Calcutta medical institutions reports 1892-1900
Year: 1892
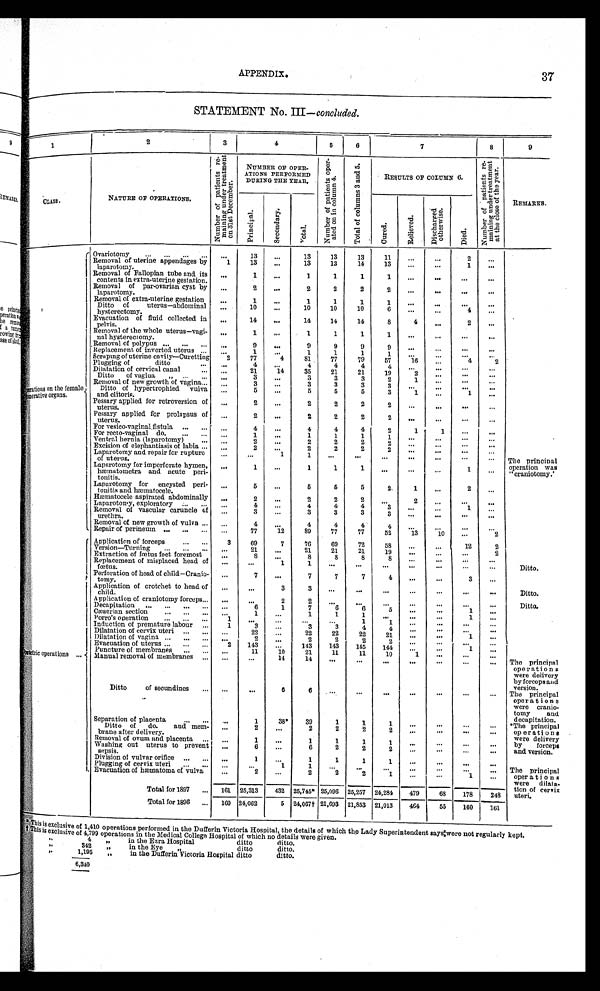
APPENDIX.
37
STATEMENT No. III— concluded.
1
2
3
4
5
6
7
8
9
C L A S S .
NATURE OF OPERATIONS.
N u m b e r o f p a t i e n t s r e - m a i n i n g u n d e r t r e a t m e n t o n 3 1 s t D e c e m b e r .
NUMBER OF OPER-
ATIONS PERFORMED
DURING THE YEAR.
N u m b e r o f p a t i e n t s o p e r - a t e d o n i n c o l u m n 4 .
T o t a l o f c o l u m n s 3 a n d 5 .
RESULTS OF COLUMN 6.
N u m b e r o f p a t i e n t s r e - m a i n i n g u n d e r t r e a t m e n t a t t h e c l o s e o f t h e y e a r .
REMARKS.
P r i n c i p a l .
S e c o n d a r y .
T o t a l .
C u r e d .
R e l i e v e d .
D i s c h a r g e d o t h e r w i s e .
D i e d .
O p e r a t i o n s o n t h e f e m a l e
g e n e r a t i v e o r g a n s .
Ovariotomy . . .
. . .
13
. . .
13
13
13
11
. . .
. . .
2
. . .
Removal of uterine appendages by
laparotomy.
1
13
. . .
13
13
14
13
. . .
. . .
1
. . .
Removal of Fallopian tube and its
contents in extra-uterine gestation.
. . .
1
. . .
1
1
1
1
. . .
. . .
. . .
. . .
Removal of par-ovarian cyst by
laparotomy.
. . .
2
. . .
2
2
2
2
. . .
. . .
. . .
. . .
Removal of extra-uterine gestation
. . .
1
. . .
1
1
1
1
. . .
. . .
. . .
. . .
Ditto of uterus—abdominal
hysterectomy.
. . .
10
. . .
10
10
10
6
. . .
. . .
4
. . .
Evacuation of fluid collected
in pelvis.
. . .
1 4
. . .
14
14
14
8
4
. . .
2
. . .
Removal of the whole uterus—vagi
-nal hysterectomy.
. . .
1
. . .
1
1
1
1
. . .
. . .
. . .
. . .
R e m o v a l o f p o l y p u s
. . .
. . .
9
. . .
9
9
9
9
. . .
. . .
. . .
. . .
Replacement of inverted uterus . . .
. . .
1
. . .
1
1
1
1
. . .
. . .
. . .
. . .
Scraping of uterine cavity—Curetting
2
77
4
81
77
79
57
1 6
. . .
4
2
Plugging of
ditto . . .
. . .
4
. . .
4
4
4
4
. . .
. . .
. . .
. . .
Dilatation of cervical canal . . .
. . .
21
14
35
21
21
19
2
. . .
. . .
. . .
Ditto of vagiua " . . .
. . .
3
. . .
3
3
3
2
1
. . .
. . .
. . .
Removal of new growth of vagina . . .
. . .
3
. . .
3
3
3
3
. . .
. . .
. . .
. . .
Ditto of hypertrophied vulva
and clitoris.
. . .
5
. . .
5
5
5
3
1
. . .
1
. . .
Pessary applied for retroversion of
uterus.
. . .
2
. . .
2
2
2
2
. . .
. . .
. . .
. . .
Pessary applied for prolapsus of
uterus.
. . .
2
. . .
2
2
2
2
. . .
. . .
. . .
. . .
For vesico-vaginal fistula . . .
. . .
4
. . .
4
4
4
2
1
1
. . .
. . .
For recto-vaginal do. . . .
. . .
1
. . .
1
1
1
1
. . .
. . .
. . .
. . .
Ventral hernia (laparotomy) . . .
. . .
2
. . .
2
2
2
2
. . .
. . .
. . .
. . .
Excision of elephantiasis of labia . . .
. . .
2
. . .
2
2
2
2
. . .
. . .
. . .
. . .
Laparotomy and repair for rupture
of uterus.
. . .
. . .
1
1
. . .
. . .
. . .
. . .
. . .
. . .
. . . The principal
operation was
"craniotomy."
Laparotomy for imperforate hymen
,
hæmatometra and acute peri
-tonitis.
. . .
1
. . .
1
1
1
. . .
. . .
. . .
1
. . .
Laparotomy for encysted peri
-tonitis and hæmatocele.
. . .
5
. . .
5
5
5
2
1
. . .
2
. . .
Hæmatocele aspirated abdominally
. . .
2
. . .
2
2
2
. . .
2
. . .
. . .
. . .
Laparotomy, exploratory . . .
. . .
4
. . .
4
4
4
3
. . .
. . .
1
. . .
Removal of vascular caruncle of
urethra.
. . .
3
. . .
3
3
3
3
. . .
. . .
. . .
. . .
Removal of new growth of vulva . . .
. . .
4
. . .
4
4
4
4
. . .
. . .
. . .
. . .
Repair of perineum . . .
. . .
77
12
89
77
77
52
13
10
. . .
2
< i l l e g i b l e > t e t r i c o p e r a t i o n s.
. .
Application of forceps . . .
3
69
7
76
69
72
58
. . .
. . .
12
2
Version—Turning . . .
. . .
21
. . .
21
21
21
19
. . .
. . .
. . .
2
Extraction of fœtus feet foremos
. . .
8
. . .
8
8
8
8
. . .
. . .
. . .
. . .
Replacement of misplaced head of
fœtus.
. . .
. . .
1
1
. . .
. . .
. . .
. . .
. . .
. . .
. . .
Ditto.
Perforation of head of child—Cranio
-tomy.
. . .
7
. . .
7
7
7
4
. . .
. . .
3
. . .
Application of crotchet to head of
child.
. . .
. . .
3
3
. . .
. . .
. . .
. . .
. . .
. . .
. . .
Ditto.
Application of craniotomy forceps . . .
. . .
. . .
2
2
. . .
. . .
. . .
. . .
. . .
. . .
. . .
D i t t o .
Decapitation . . .
. . .
6
1
7
6
6
5
. . .
. . .
1
. . .
Cæserian section . . .
. . .
1
. . .
1
1
1
. . .
. . .
. . .
1
. . .
Porro's operation . . .
1
. . .
. . .
. . .
. . .
1
1
. . .
. . .
. . .
. . .
Induction of premature labour . . .
1
3
. . .
3
3
4
4
. . .
. . .
. . .
. . .
Dilatation of cervix uteri . . .
. . .
22
. . .
22
22
22
21
. . .
. . .
1
. . .
Dilatation of vagina . . .
. . .
2
. . .
2
2
2
2
. . .
. . .
. . .
. . .
Evacuation of uterus . . .
2
143
. . .
143
143
145
144
. . .
. . .
1
. . .
Puncture of membranes . . .
. . .
11
10
21
11
11
10
1
. . .
. . .
. . .
Manual removal of membranes . . .
. . .
. . .
14
14
. . .
. . .
. . .
. . .
. . .
. . .
. . .
The principal
operations
were delivery
by forceps and
version.
Ditto of secundines . . .
. . .
. . .
6
6
. . .
. . .
. . .
. . .
. . .
. . .
. . .
The principal
operations
were cranio -
tomy and
decapitation.
S e p a r a t i o n o f p l a c e n t a . . .
. . .
1
38.
39
1
1
1
. . .
. . .
. . .
. . .
The principal
operations
were delivery
by forceps
and version.
Ditto of do.
and mem
- b r a n e a f t e r d e l i v e r y .
. . .
2
. . .
2
2
2
2
. . .
. . .
. . .
. . .
Removal of ovum and placenta . . .
. . .
1
. . .
1
1
1
1
. . .
. . .
. . .
. . .
Washing out uterus to prevent
sepsis.
. . .
6
. . .
6
2
2
2
. . .
. . .
. . .
. . .
Division of vulvar orifice . . .
. . .
1
. . .
1
1
1
1
. . .
. . .
. . .
. . .
The principal
operations
were dilata -
tion of cervix
uteri.
Plugging of cervix uteri . . .
. . .
. . .
1
1
. . .
. . .
. . .
. . .
. . .
. . .
. . .
Evacuation of hæmatoma of vulva
. . .
2
. . .
2
2
2
1
. . .
. . .
1
. . .
Total for 1897 . . . 161 25,313
432 25,745* 25,096 25,257 24,284
479
68
178
248
Total for 1896 . . .
160 24,062
5 24,067† 21,693 21,853 21,013
464
55
160
161
*This is exclusive of 1,410 operations performed in the Dufferin Victoria Hospital, the details of which the Lady Superintendent says:were not regularly kept.
† T h i s i s e x c l u s i v e o f 4 , 7 9 9 o p e r a t i o n s i n t h e M e d i c a l C o l l e g e H o s p i t a l o f w h i c h n o d e t a i l s w e r e g i v e n .
"
4
" i n t h e E z r a H o s p i t a l d i t t o d i t t o .
"
342
" i n t h e E y e " d i t t o d i t t o .
"
1,195
" i n t h e D u f f e r i n V i c t o r i a H o s p i t a l d i t t o d i t t o .
6,340